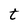
Character: t